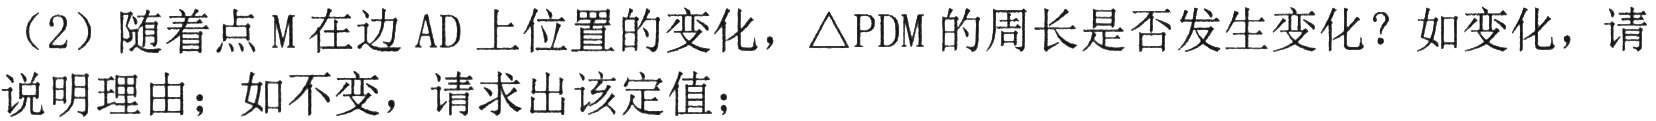
（2）随着点\(M\)在边\(AD\)上位置的变化，\(\triangle PDM\)的周长是否发生变化？如变化，请说明理由；如不变，请求出该定值；